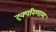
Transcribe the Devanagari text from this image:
दृक्परिणाम